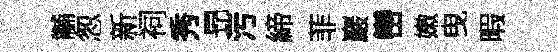
黼怱新祠秀昻污締菲巖巒嫩曳暇